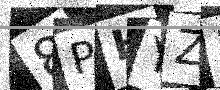
Text: 8PHYZF